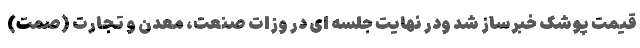
قیمت پوشک خبرساز شد ودر نهایت جلسه ای در وزات صنعت، معدن و تجارت (صمت)